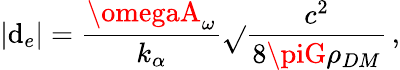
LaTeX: \left|\mathrm{d}_{e}\right|=\frac{{\omegaA_{\omega}}}{{k_{\alpha}}}\sqrt{}{{\frac{{c^{2}}}{{8\piG\rho_{DM}}}}}\, \textrm{{,}}